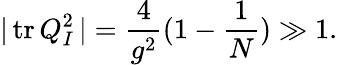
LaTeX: \vert\, \mathrm{tr}\, Q_{I}^{2}\, \vert=\frac{4}{g^{2}}(1-\frac{1}{N})\gg 1.